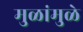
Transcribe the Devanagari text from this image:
मुळांमुळे